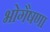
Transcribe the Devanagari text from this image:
भोगैषणा